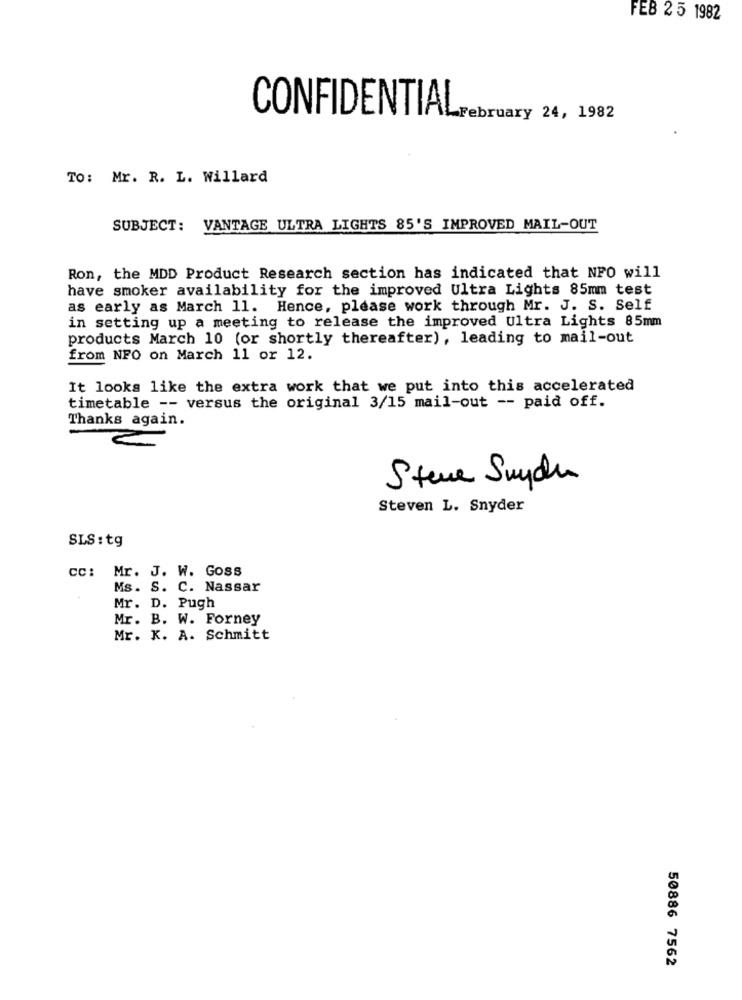
FEB 2 5 1982
CONFIDENTIAL
_February 24, 1982
TO: Mr. R. L. Willard
SUBJECT: VANTAGE ULTRA LIGHTS 85'S IMPROVED MAIL-OUT
Ron, the MDD Product Research section has indicated that NPO will
have smoker availability for the improved Ultra Lights 85mm test
as early as March 11. Hence, please work through Mr. J. S. Self
in setting up a meeting to release the improved Ultra Lights 85mm
products March 10 (or shortly thereafter), leading to mail-out
from NFO on March 11 or 12.
It looks like the extra work that we put into this accelerated
timetable -- versus the original 3/15 mail-out -- paid off.
Thanks again.
Steve Snyde
Steven L. Snyder
SLS : tg
cc: Mr. J. W. Goss
Ms. S. C. Nassar
Mr. D. Pugh
Mr. B. W. Forney
Mr. K. A. Schmitt
50886 7562